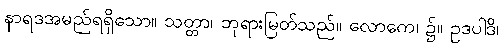
နာရဒအမည်ရရှိသော။ သတ္တာ၊ ဘုရားမြတ်သည်။ လောကေ၊ ၌။ ဥဒပါဒိ၊